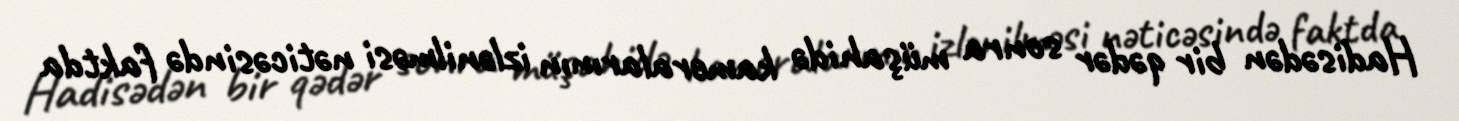
Hadisədən bir qədər sonra müşahidə kameralarının izlənilməsi nəticəsində faktda